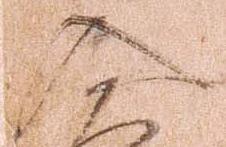
入